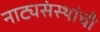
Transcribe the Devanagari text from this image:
नाट्यसंस्थांची